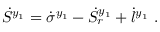
\dot { S } ^ { y _ { 1 } } = \dot { \sigma } ^ { y _ { 1 } } - \dot { S } _ { r } ^ { y _ { 1 } } + \dot { l } ^ { y _ { 1 } } \mathrm { ~ . ~ }